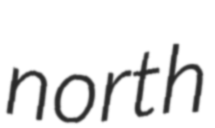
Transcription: north